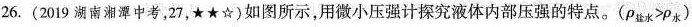
26.(2019湖南湘潭中考，27，★★☆)如图所示，用微小压强计探究液体内部压强的特点。(ρ_{盐水}>ρ_{水})